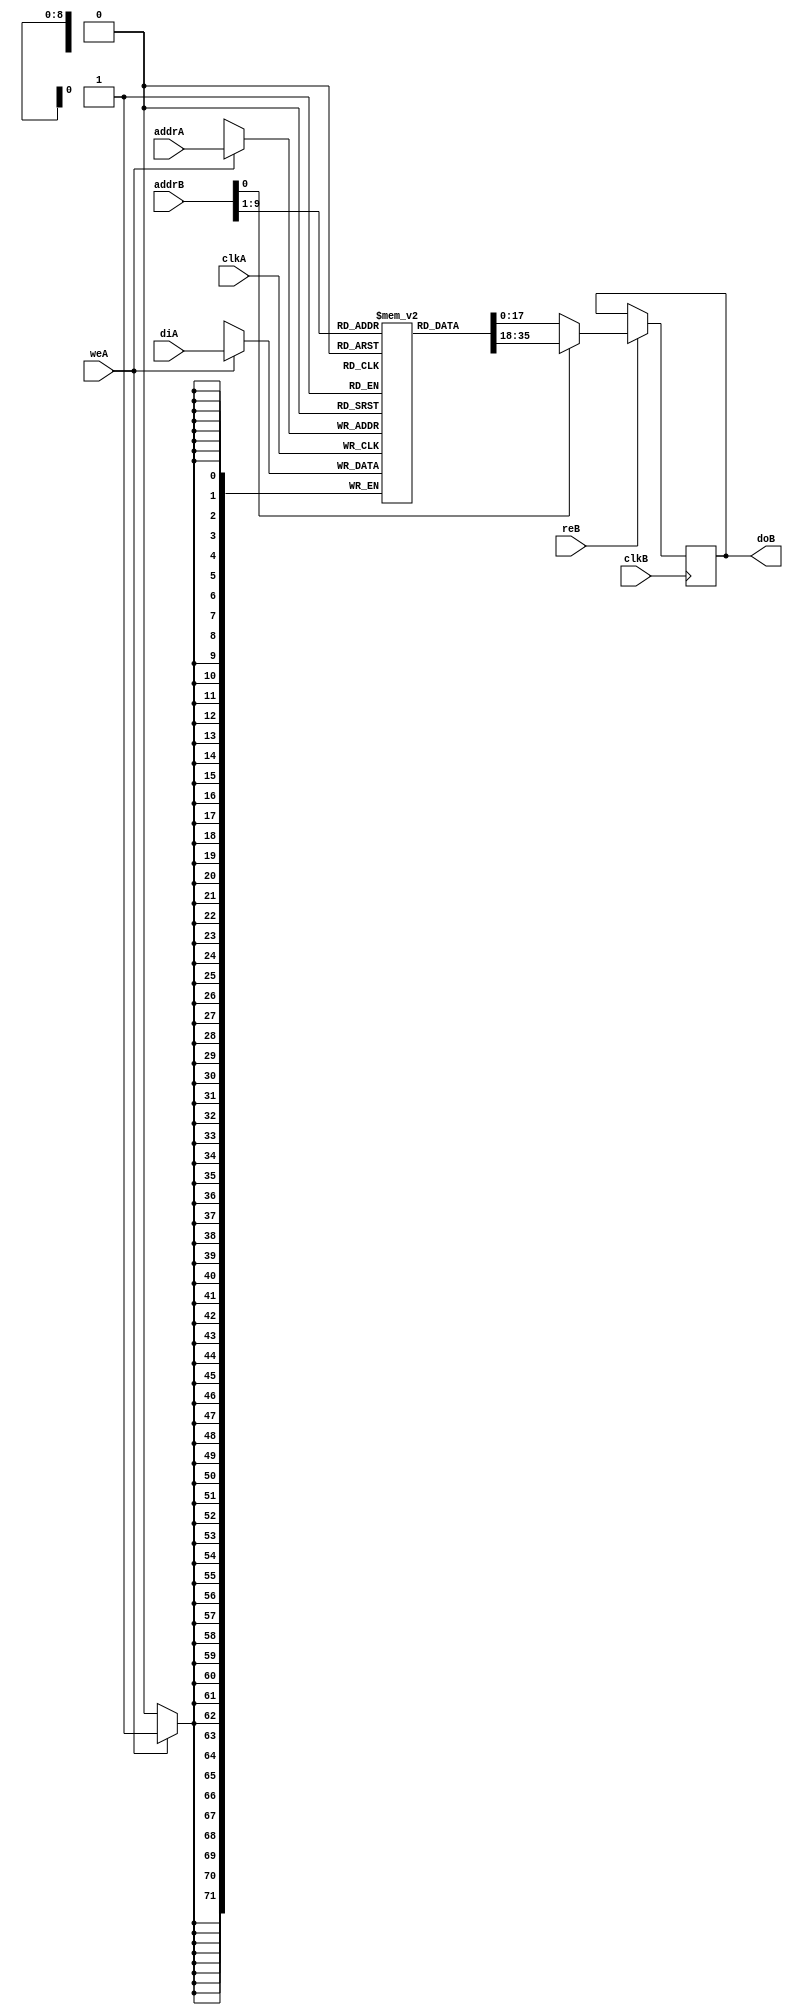
module RAM_Nx1(clkA, clkB, weA, reB, addrA, addrB, diA, doB);

  parameter WIDTHA      = 72;
  parameter SIZEA       = 512;
  parameter ADDRWIDTHA  = 9;
  parameter WIDTHB      = 18;
  parameter SIZEB       = 2048;
  parameter ADDRWIDTHB  = 11;

  input                         clkA;
  input                         clkB;
  input                         weA;
  input                         reB;
  input       [ADDRWIDTHA-1:0]  addrA;
  input       [ADDRWIDTHB-1:0]  addrB;
  input       [WIDTHA-1:0]      diA;
  output reg  [WIDTHB-1:0]      doB;

  reg [WIDTHA-1:0] mux;
  reg [WIDTHA-1:0] RAM [SIZEA-1:0] /* synthesis syn_ramstyle="no_rw_check" */ ;

  always @(posedge clkA)
  begin
    if(weA)
      RAM[addrA] <= diA;
  end

  always @(posedge clkB)
  begin
    mux = RAM[addrB[ADDRWIDTHB-1:1]];
    if(reB)
    begin
      if (addrB[0])
        doB <= mux[WIDTHA-1:WIDTHB];
      else
        doB <= mux[WIDTHB-1:0];
    end
  end
endmodule